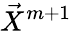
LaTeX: \vec{X}^{m+1}